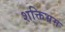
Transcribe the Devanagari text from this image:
शक्तिभ्रम